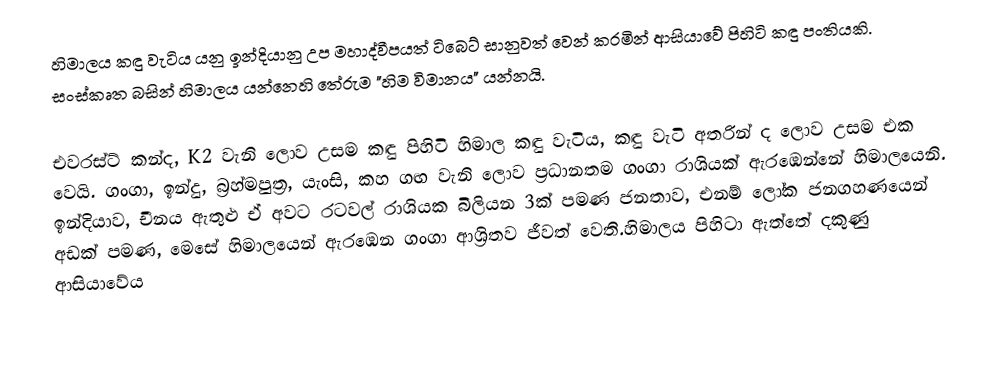
හිමාලය කඳු වැටිය යනු ඉන්දියානු උප මහාද්වීපයත් ටිබෙට් සානුවත් වෙන් කරමින් ආසියාවේ පිහිටි කඳු පංතියකි. සංස්කෘත බසින් හිමාලය යන්නෙහි තේරුම "හිම විමානය" යන්නයි.

එවරස්ට් කන්ද, K2 වැනි ලොව උසම කඳු පිහිටි හිමාල කඳු වැටිය, කඳු වැටි අතරින් ද ලොව උසම එක වෙයි. ගංගා, ඉන්දු, බ්‍රහ්මපුත්‍ර, යැංසි, කහ ගඟ වැනි ලොව ප්‍රධානතම ගංගා රාශියක් ඇරඹෙන්නේ හිමාලයෙනි. ඉන්දියාව, චීනය ඇතුළු ඒ අවට රටවල් රාශියක බිලියන 3ක් පමණ ජනතාව, එනම් ලෝක ජනගහණයෙන් අඩක් පමණ, මෙසේ හිමාලයෙන් ඇරඹෙන ගංගා ආශ්‍රිතව ජීවත් වෙති.හිමාලය පිහිටා ඇත්තේ දකුණු ආසියාවේය